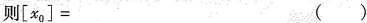
则[x0]= ()